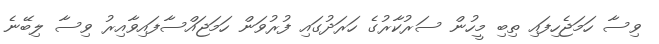
ވިސާ ހަމަޖެހިފައި ތިބި މީހުން ސަރުކާރުގެ ހަަރަދުގައި ފުރުވަން ހަމަޖައްސާފައިވާއިރު ވިސާ ލިބޭނެ